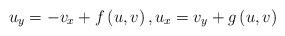
LaTeX: \begin{align*} {{u}_{y}}=-{{v}_{x}}+f\left( u,v \right),{{u}_{x}}={{v}_{y}}+g\left( u,v \right)\end{align*}